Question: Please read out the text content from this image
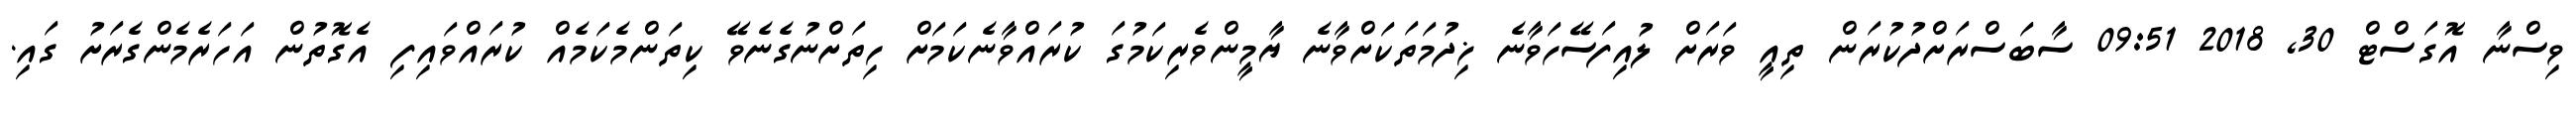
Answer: ވިސްނާ އޮގަސްޓް 30, 2018 09:51 ސާބަސްރަށްދުކުރަން ތިއީ ވަރަށް ލުއިފަސޭހަވާނެ ޚިދުމަތަކަށްވާނެ ޔާމީންވެރިކަމުގަ ކުރައްވާނެކަމަށް ހިތަށްނުގެނެވޭ ކިތަންމެކަމެއް ކުރައްވައިފި އެގޮތުން އަހަރެމެންގެރަށު ގައި.